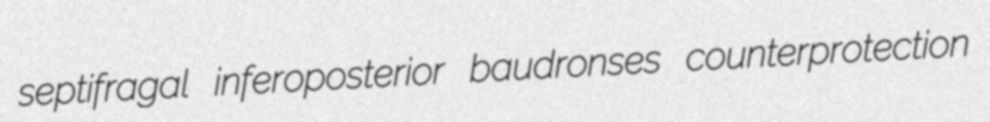
septifragal inferoposterior baudronses counterprotection